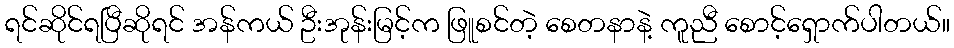
ရင်ဆိုင်ရပြီဆိုရင် အန်ကယ် ဦးအုန်းမြင့်က ဖြူစင်တဲ့ စေတနာနဲ့ ကူညီ စောင့်ရှောက်ပါတယ်။